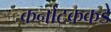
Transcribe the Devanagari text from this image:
कर्नाटककडे